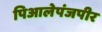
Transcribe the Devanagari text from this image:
पिआलेपंजपीर